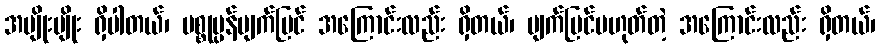
အမျိုးမျိုး ရှိပါတယ်၊ ပစ္စုပ္ပန်မျက်မြင် အကြောင်းလည်း ရှိတယ်၊ မျက်မြင်မဟုတ်တဲ့ အကြောင်းလည်း ရှိတယ်၊